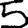
Digit: 5